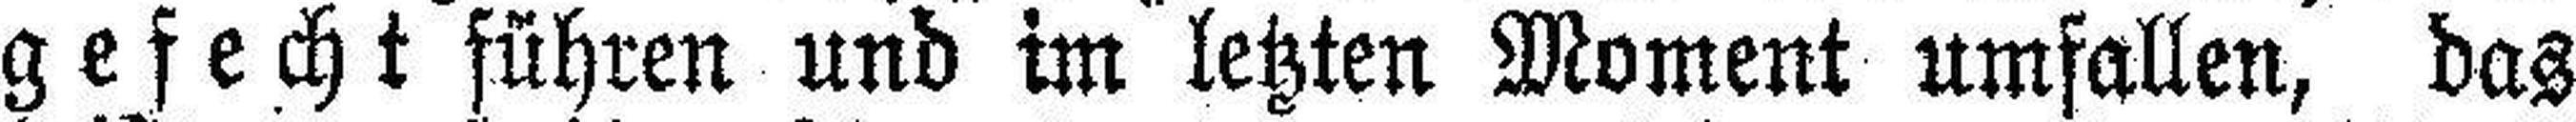
gefecht führen und im letzten Moment umfallen, das